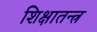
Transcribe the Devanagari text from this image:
शिक्षातन्त्र